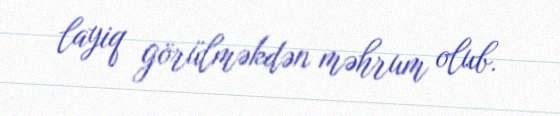
layiq görülməkdən məhrum olub.